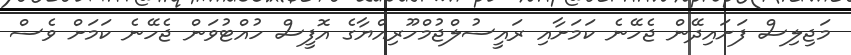
މަޖިލިސް ފަށައިދޭން ޖެހޭނެ ކަމަށާއި ރައީސުލްޖުމްހޫރިއްޔާގެ އޮފީސް ހުއްޓުވަން ޖެހޭނެ ކަމަށް ވެސް